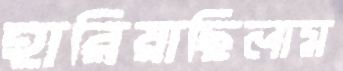
হারিয়াছিলাম